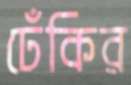
ঢেঁকির